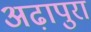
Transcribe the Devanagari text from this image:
अढ़ापुरा